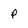
Character: p